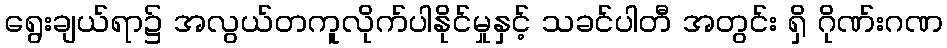
ရွေးချယ်ရာ၌ အလွယ်တကူလိုက်ပါနိုင်မှုနှင့် သခင်ပါတီ အတွင်း ရှိ ဂိုဏ်းဂဏ